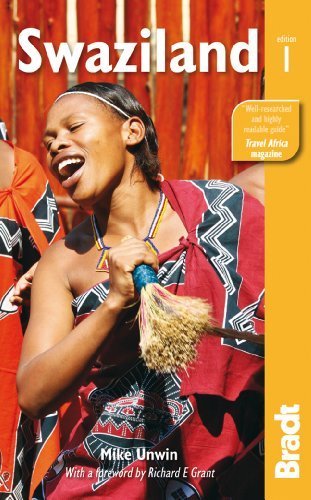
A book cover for Swaziland (Bradt Travel Guides) by Unwin, Mike (2012) Paperback; Travel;